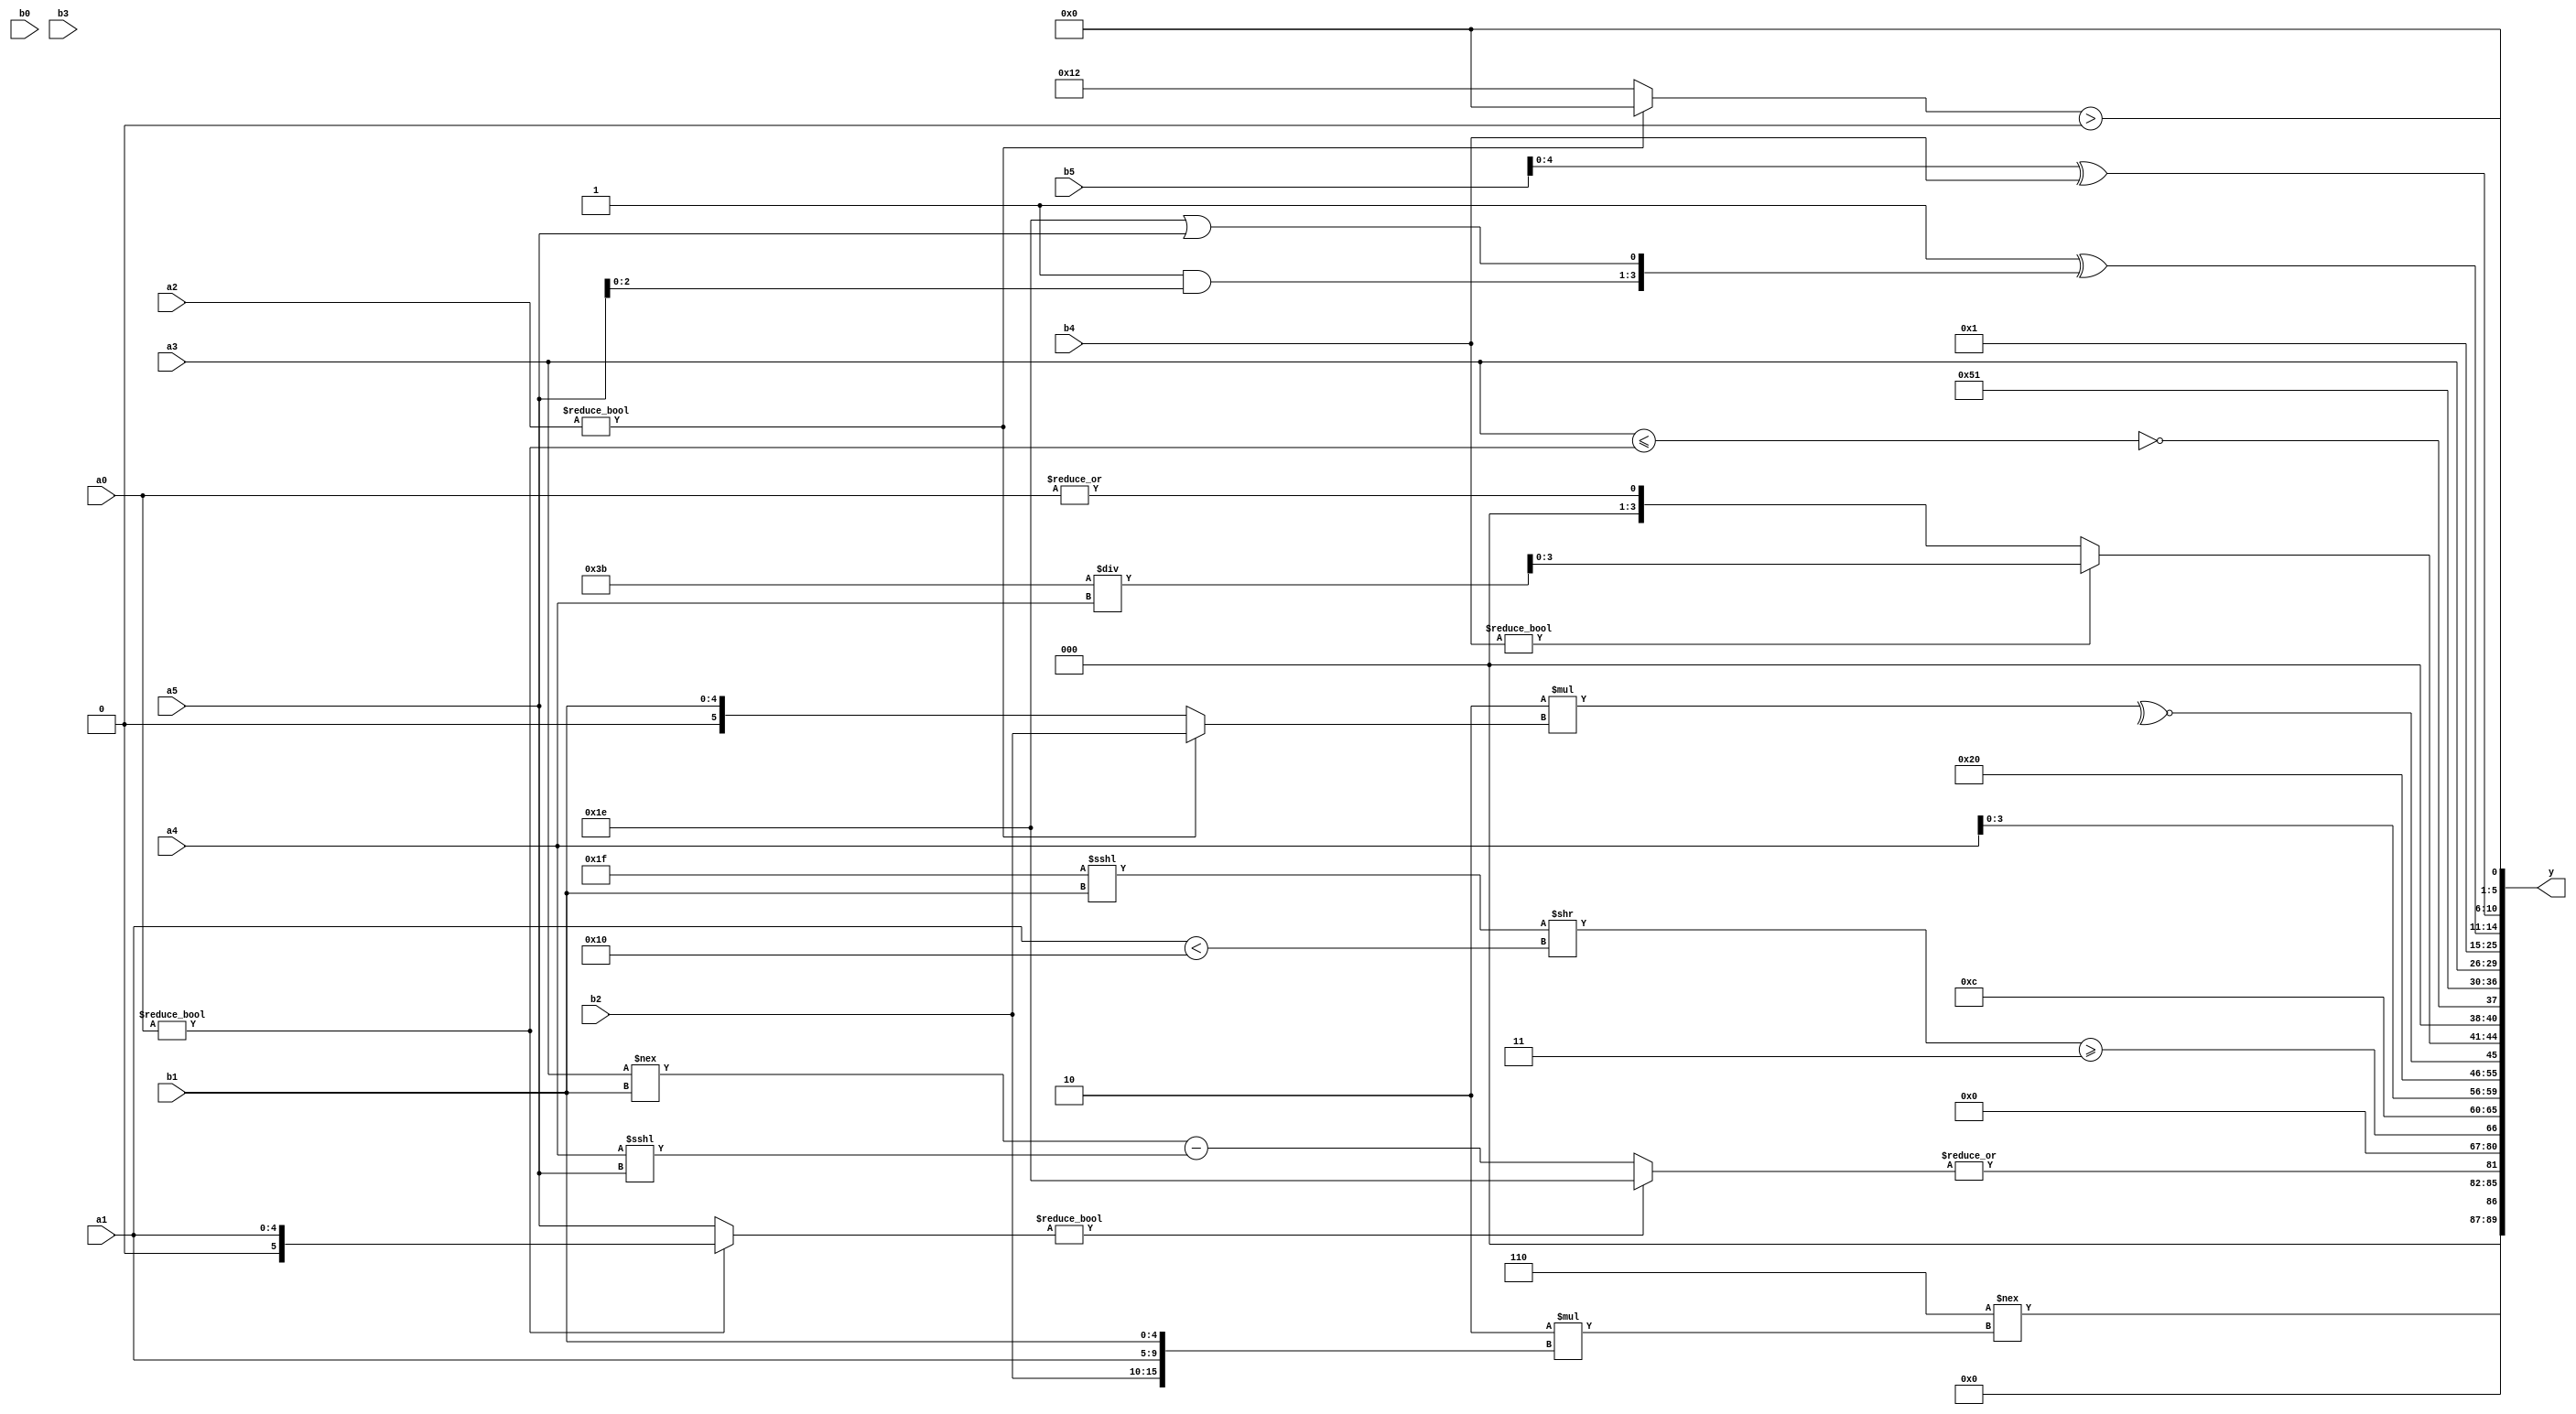
module expression_00716(a0, a1, a2, a3, a4, a5, b0, b1, b2, b3, b4, b5, y);
  input [3:0] a0;
  input [4:0] a1;
  input [5:0] a2;
  input signed [3:0] a3;
  input signed [4:0] a4;
  input signed [5:0] a5;

  input [3:0] b0;
  input [4:0] b1;
  input [5:0] b2;
  input signed [3:0] b3;
  input signed [4:0] b4;
  input signed [5:0] b5;

  wire [3:0] y0;
  wire [4:0] y1;
  wire [5:0] y2;
  wire signed [3:0] y3;
  wire signed [4:0] y4;
  wire signed [5:0] y5;
  wire [3:0] y6;
  wire [4:0] y7;
  wire [5:0] y8;
  wire signed [3:0] y9;
  wire signed [4:0] y10;
  wire signed [5:0] y11;
  wire [3:0] y12;
  wire [4:0] y13;
  wire [5:0] y14;
  wire signed [3:0] y15;
  wire signed [4:0] y16;
  wire signed [5:0] y17;

  output [89:0] y;
  assign y = {y0,y1,y2,y3,y4,y5,y6,y7,y8,y9,y10,y11,y12,y13,y14,y15,y16,y17};

  localparam [3:0] p0 = {4{(5'd8)}};
  localparam [4:0] p1 = (+((((-3'sd1)-(2'd2))>>((3'sd0)+(5'd20)))<<(~&({1{(3'd6)}}!=((-2'sd0)>>>(2'd3))))));
  localparam [5:0] p2 = ((5'd2 * {(2'd1),(5'd7),(5'd2)})===((6'd2 * (2'd2))<=((2'd2)^(5'd19))));
  localparam signed [3:0] p3 = ((~&(((4'd15)-(-4'sd4))^~(-{(-5'sd10),(2'sd0)})))+((-{(-4'sd6),(4'sd1),(3'd2)})<<((3'd0)<=(5'd30))));
  localparam signed [4:0] p4 = (~((2'd1)>({(|(5'sd10))}^(5'd19))));
  localparam signed [5:0] p5 = (!((~&((2'd3)+(-3'sd2)))+(~^(+(5'd2)))));
  localparam [3:0] p6 = (({(5'd14),(-4'sd6)}^~(3'sd0))&&(3'sd2));
  localparam [4:0] p7 = ({((4'd5)?(4'sd6):(3'd1))}=={(-4'sd2),(5'd11)});
  localparam [5:0] p8 = {4{(3'sd2)}};
  localparam signed [3:0] p9 = ((~&(3'd4))==((3'd6)<<<(-3'sd2)));
  localparam signed [4:0] p10 = ((4'd10)+(-3'sd0));
  localparam signed [5:0] p11 = ((3'd6)==={3{(-3'sd1)}});
  localparam [3:0] p12 = ((!(-(|(-(3'd3)))))>=((~&(~^(3'd1)))/(5'd8)));
  localparam [4:0] p13 = ({((-5'sd12)>(-5'sd7)),(+(3'd5)),((2'd1)?(2'd0):(3'd3))}>>>({3{(2'sd0)}}?(&(2'd3)):(~&(5'sd13))));
  localparam [5:0] p14 = {2{{{((5'sd1)?(-5'sd2):(-4'sd6)),{(-3'sd1),(5'd27)}}}}};
  localparam signed [3:0] p15 = (!(-5'sd9));
  localparam signed [4:0] p16 = (-3'sd2);
  localparam signed [5:0] p17 = {2{{1{(6'd2 * {3{(5'd18)}})}}}};

  assign y0 = ({(3'd6)}!==(6'd2 * {b2,a1,b1}));
  assign y1 = (|{((a0?a1:a5)?((2'd1)^~(2'sd0)):((a3!==b1)-(a4<<<a5)))});
  assign y2 = (-2'sd0);
  assign y3 = {p17,b3,p7};
  assign y4 = ((({1{p4}}<<<(b1<<<p5))>>({p5,a1}<(5'd2 * p0)))>={2{((p1?p3:p6)<={p17,p3,p1})}});
  assign y5 = {3{(5'sd12)}};
  assign y6 = {1{{3{a4}}}};
  assign y7 = (^({3{{3{p1}}}}?((&p7)?{3{p7}}:(~b0)):(-(p15?p14:p8))));
  assign y8 = (~^(6'd2 * (a2?b2:b1)));
  assign y9 = ((b4)?(p14/a4):(|a0));
  assign y10 = {$signed((~^($signed(a3)<=(p5!=a0)))),(+(!({p10}&&(~|p4))))};
  assign y11 = {3{p6}};
  assign y12 = {a3};
  assign y13 = (~|(~(&(5'sd4))));
  assign y14 = (~&{(2'sd0)});
  assign y15 = (({(~|p14)}==(p14&p15))^{(p6&a5),(p16||a5)});
  assign y16 = {$signed({2{a5}}),(-2'sd0),((b5^b4))};
  assign y17 = ((a2?p1:p8)>{2{p2}});
endmodule